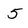
Character: 5